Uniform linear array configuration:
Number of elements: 16
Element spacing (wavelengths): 1
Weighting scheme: hamming
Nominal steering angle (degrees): -30
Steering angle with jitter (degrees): -28.452
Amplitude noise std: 0.05
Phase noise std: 0.05

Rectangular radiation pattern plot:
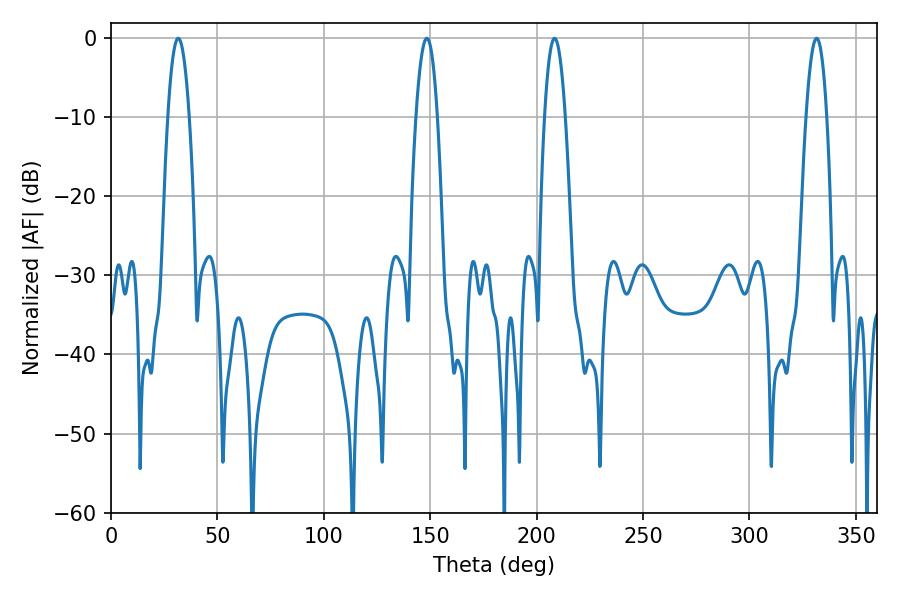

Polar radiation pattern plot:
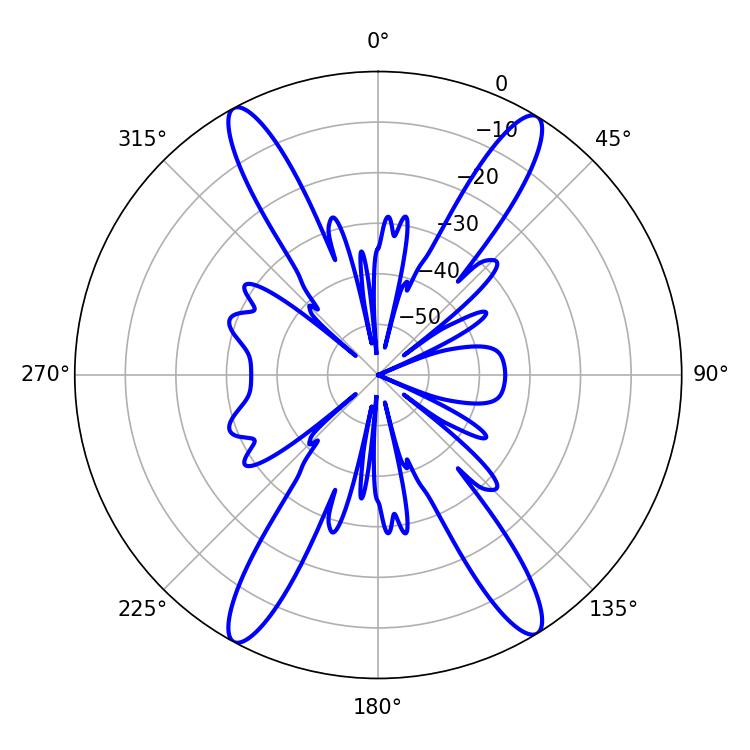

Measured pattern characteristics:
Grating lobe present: TRUE
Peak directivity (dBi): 22.056
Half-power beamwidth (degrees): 5.4
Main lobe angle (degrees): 331.56